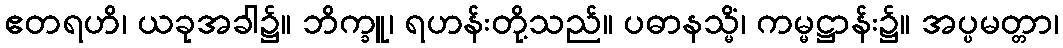
ဧတရဟိ၊ ယခုအခါ၌။ ဘိက္ခူ၊ ရဟန်းတို့သည်။ ပဓာနသ္မိံ၊ ကမ္မဋ္ဌာန်း၌။ အပ္ပမတ္တာ၊